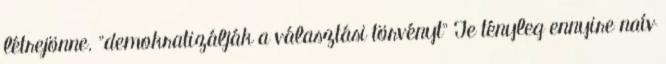
létrejönne. "demokratizálják a választási törvényt" Te tényleg ennyire naív